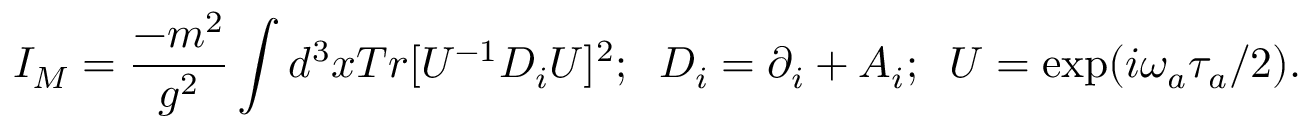
I _ { M } = \frac { - m ^ { 2 } } { g ^ { 2 } } \int d ^ { 3 } x T r [ U ^ { - 1 } D _ { i } U ] ^ { 2 } ; \; \; D _ { i } = \partial _ { i } + A _ { i } ; \; \; U = \exp ( i \omega _ { a } \tau _ { a } / 2 ) .